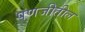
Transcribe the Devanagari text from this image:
पणजीतील